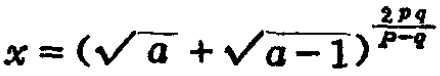
\(x = (\sqrt{a}+\sqrt{a - 1})^{\frac{2pq}{p - q}}\)